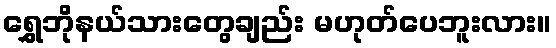
ရွှေဘိုနယ်သားတွေချည်း မဟုတ်ပေဘူးလား။